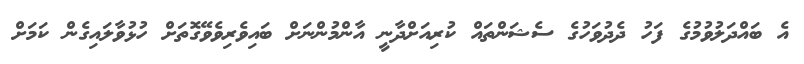
އެ ބައްދަލުވުމުގެ ފަހު ދެދުވަހުގެ ސެޝަންތައް ކުރިއަށްދާނީ އާންމުންނަށް ބައިވެރިވެވޭގޮތަށް ހުޅުވާލައިގެން ކަމަށް